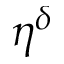
\eta ^ { \delta }